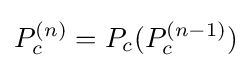
P_{c}^{(n)}=P_{c}(P_{c}^{(n-1)})